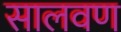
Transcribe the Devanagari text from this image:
सालवण